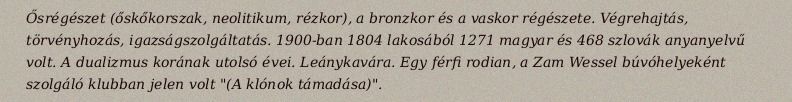
Ősrégészet (őskőkorszak, neolitikum, rézkor), a bronzkor és a vaskor régészete. Végrehajtás, törvényhozás, igazságszolgáltatás. 1900-ban 1804 lakosából 1271 magyar és 468 szlovák anyanyelvű volt. A dualizmus korának utolsó évei. Leánykavára. Egy férfi rodian, a Zam Wessel búvóhelyeként szolgáló klubban jelen volt "(A klónok támadása)".